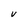
Character: V